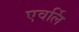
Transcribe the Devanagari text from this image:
एवर्लि